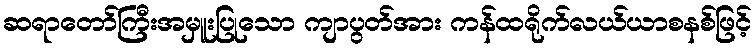
ဆရာတော်ကြီးအမှူးပြုသော ကျာပွတ်အား ကန်ထရိုက်လယ်ယာစနစ်ဖြင့်